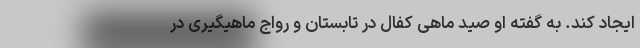
ایجاد کند. به گفته او صید ماهی کفال در تابستان و رواج ماهیگیری در